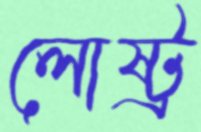
লোষ্ট্র